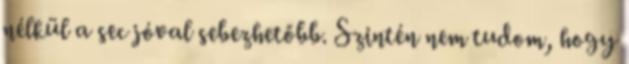
nélkül a sec jóval sebezhetőbb. Szintén nem tudom, hogy